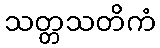
သတ္တသတိကံ